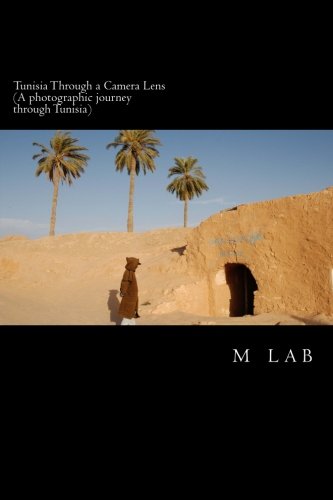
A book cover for Tunisia through a Camera Lens (A photographic journey through Tunisia); m lab; Travel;